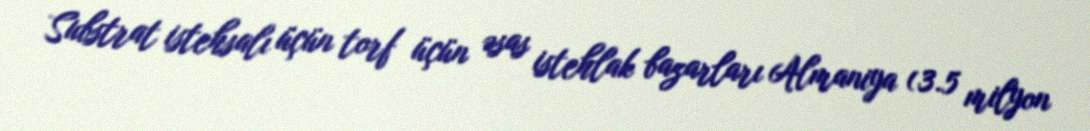
Substrat istehsalı üçün torf üçün əsas istehlak bazarları Almaniya (3.5 milyon